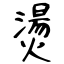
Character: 燙